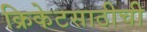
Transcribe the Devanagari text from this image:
क्रिकेटसाठीची